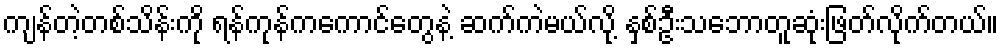
ကျန်တဲ့တစ်သိန်းကို ရန်ကုန်ကကောင်တွေနဲ့ ဆက်ကဲမယ်လို့ နှစ်ဦးသဘောတူဆုံးဖြတ်လိုက်တယ်။